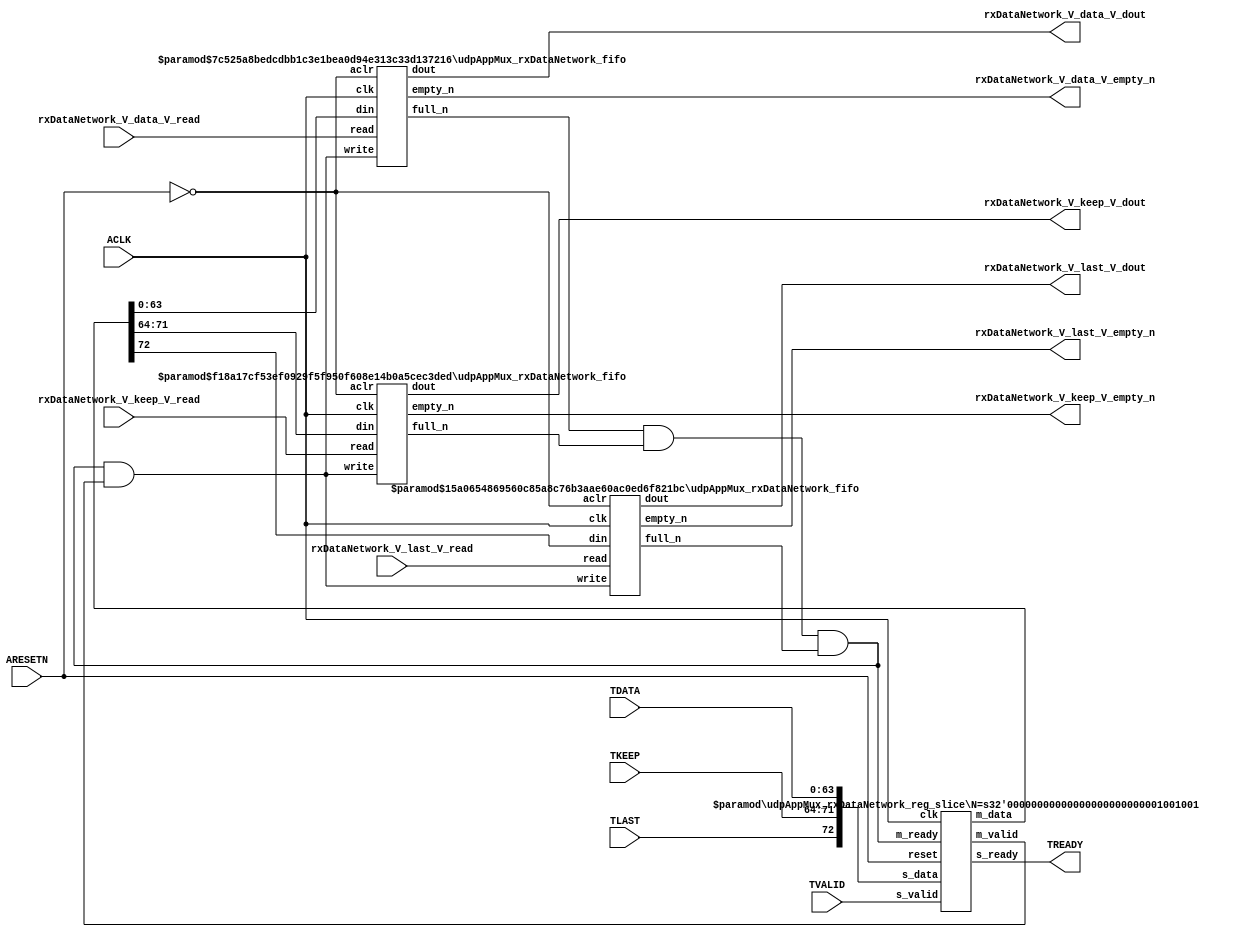
// This program was cloned from: https://github.com/mustafabbas/ECE1373_2016_hft_on_fpga
// License: MIT License

// ==============================================================
// File generated by Vivado(TM) HLS - High-Level Synthesis from C, C++ and SystemC
// Version: 2016.3
// Copyright (C) 1986-2016 Xilinx, Inc. All Rights Reserved.
// 
// ==============================================================


`timescale 1ns/1ps

module udpAppMux_rxDataNetwork_if (
    // AXI4-Stream singals
    input  wire        ACLK,
    input  wire        ARESETN,
    input  wire        TVALID,
    output wire        TREADY,
    input  wire [63:0] TDATA,
    input  wire [7:0]  TKEEP,
    input  wire [0:0]  TLAST,
    // User signals
    output wire [63:0] rxDataNetwork_V_data_V_dout,
    output wire        rxDataNetwork_V_data_V_empty_n,
    input  wire        rxDataNetwork_V_data_V_read,
    output wire [7:0]  rxDataNetwork_V_keep_V_dout,
    output wire        rxDataNetwork_V_keep_V_empty_n,
    input  wire        rxDataNetwork_V_keep_V_read,
    output wire [0:0]  rxDataNetwork_V_last_V_dout,
    output wire        rxDataNetwork_V_last_V_empty_n,
    input  wire        rxDataNetwork_V_last_V_read
);
//------------------------Local signal-------------------
// FIFO
wire [0:0]  fifo_write;
wire [0:0]  fifo_full_n;
wire [63:0] rxDataNetwork_V_data_V_din;
wire [0:0]  rxDataNetwork_V_data_V_full_n;
wire [7:0]  rxDataNetwork_V_keep_V_din;
wire [0:0]  rxDataNetwork_V_keep_V_full_n;
wire [0:0]  rxDataNetwork_V_last_V_din;
wire [0:0]  rxDataNetwork_V_last_V_full_n;
// register slice
wire [0:0]  s_valid;
wire [0:0]  s_ready;
wire [72:0] s_data;
wire [0:0]  m_valid;
wire [0:0]  m_ready;
wire [72:0] m_data;

//------------------------Instantiation------------------
// rs
udpAppMux_rxDataNetwork_reg_slice #(
    .N       ( 73 )
) rs (
    .clk     ( ACLK ),
    .reset   ( ARESETN ),
    .s_data  ( s_data ),
    .s_valid ( s_valid ),
    .s_ready ( s_ready ),
    .m_data  ( m_data ),
    .m_valid ( m_valid ),
    .m_ready ( m_ready )
);

// rxDataNetwork_V_data_V_fifo
udpAppMux_rxDataNetwork_fifo #(
    .DATA_BITS  ( 64 ),
    .DEPTH_BITS ( 4 )
) rxDataNetwork_V_data_V_fifo (
    .clk        ( ACLK ),
    .aclr       ( ~ARESETN ),
    .empty_n    ( rxDataNetwork_V_data_V_empty_n ),
    .full_n     ( rxDataNetwork_V_data_V_full_n ),
    .read       ( rxDataNetwork_V_data_V_read ),
    .write      ( fifo_write ),
    .dout       ( rxDataNetwork_V_data_V_dout ),
    .din        ( rxDataNetwork_V_data_V_din )
);

// rxDataNetwork_V_keep_V_fifo
udpAppMux_rxDataNetwork_fifo #(
    .DATA_BITS  ( 8 ),
    .DEPTH_BITS ( 4 )
) rxDataNetwork_V_keep_V_fifo (
    .clk        ( ACLK ),
    .aclr       ( ~ARESETN ),
    .empty_n    ( rxDataNetwork_V_keep_V_empty_n ),
    .full_n     ( rxDataNetwork_V_keep_V_full_n ),
    .read       ( rxDataNetwork_V_keep_V_read ),
    .write      ( fifo_write ),
    .dout       ( rxDataNetwork_V_keep_V_dout ),
    .din        ( rxDataNetwork_V_keep_V_din )
);

// rxDataNetwork_V_last_V_fifo
udpAppMux_rxDataNetwork_fifo #(
    .DATA_BITS  ( 1 ),
    .DEPTH_BITS ( 4 )
) rxDataNetwork_V_last_V_fifo (
    .clk        ( ACLK ),
    .aclr       ( ~ARESETN ),
    .empty_n    ( rxDataNetwork_V_last_V_empty_n ),
    .full_n     ( rxDataNetwork_V_last_V_full_n ),
    .read       ( rxDataNetwork_V_last_V_read ),
    .write      ( fifo_write ),
    .dout       ( rxDataNetwork_V_last_V_dout ),
    .din        ( rxDataNetwork_V_last_V_din )
);

//------------------------Body---------------------------
//++++++++++++++++++++++++AXI4-Stream++++++++++++++++++++
assign TREADY = s_ready;

//+++++++++++++++++++++++++++++++++++++++++++++++++++++++

//++++++++++++++++++++++++Reigister Slice++++++++++++++++
assign s_valid = TVALID;
assign m_ready = fifo_full_n;
assign s_data  = {TLAST[0:0], TKEEP[7:0], TDATA[63:0]};

//+++++++++++++++++++++++++++++++++++++++++++++++++++++++

//++++++++++++++++++++++++FIFO+++++++++++++++++++++++++++
assign fifo_write                 = fifo_full_n & m_valid;
assign rxDataNetwork_V_data_V_din = m_data[63:0];
assign rxDataNetwork_V_keep_V_din = m_data[71:64];
assign rxDataNetwork_V_last_V_din = m_data[72:72];
assign fifo_full_n                = rxDataNetwork_V_data_V_full_n & rxDataNetwork_V_keep_V_full_n & rxDataNetwork_V_last_V_full_n;

//+++++++++++++++++++++++++++++++++++++++++++++++++++++++

endmodule



`timescale 1ns/1ps

module udpAppMux_rxDataNetwork_fifo
#(parameter
    DATA_BITS  = 8,
    DEPTH_BITS = 4
)(
    input  wire                 clk,
    input  wire                 aclr,
    output wire                 empty_n,
    output wire                 full_n,
    input  wire                 read,
    input  wire                 write,
    output wire [DATA_BITS-1:0] dout,
    input  wire [DATA_BITS-1:0] din
);
//------------------------Parameter----------------------
localparam
    DEPTH = 1 << DEPTH_BITS;
//------------------------Local signal-------------------
reg                   empty;
reg                   full;
reg  [DEPTH_BITS-1:0] index;
reg  [DATA_BITS-1:0]  mem[0:DEPTH-1];
//------------------------Body---------------------------
assign empty_n = ~empty;
assign full_n  = ~full;
assign dout    = mem[index];

// empty
always @(posedge clk or posedge aclr) begin
    if (aclr)
        empty <= 1'b1;
    else if (empty & write & ~read)
        empty <= 1'b0;
    else if (~empty & ~write & read & (index==1'b0))
        empty <= 1'b1;
end

// full
always @(posedge clk or posedge aclr) begin
    if (aclr)
        full <= 1'b0;
    else if (full & read & ~write)
        full <= 1'b0;
    else if (~full & ~read & write & (index==DEPTH-2'd2))
        full <= 1'b1;
end

// index
always @(posedge clk or posedge aclr) begin
    if (aclr)
        index <= {DEPTH_BITS{1'b1}};
    else if (~empty & ~write & read)
        index <= index - 1'b1;
    else if (~full & ~read & write)
        index <= index + 1'b1;
end

// mem
always @(posedge clk) begin
    if (~full & write) mem[0] <= din;
end

genvar i;
generate
    for (i = 1; i < DEPTH; i = i + 1) begin : gen_sr
        always @(posedge clk) begin
            if (~full & write) mem[i] <= mem[i-1];
        end
    end
endgenerate

endmodule

`timescale 1ns/1ps

module udpAppMux_rxDataNetwork_reg_slice
#(parameter
    N = 8   // data width
) (
    // system signals
    input  wire         clk,
    input  wire         reset,
    // slave side
    input  wire [N-1:0] s_data,
    input  wire         s_valid,
    output wire         s_ready,
    // master side
    output wire [N-1:0] m_data,
    output wire         m_valid,
    input  wire         m_ready
);
//------------------------Parameter----------------------
// state
localparam [1:0]
    ZERO = 2'b10,
    ONE  = 2'b11,
    TWO  = 2'b01;
//------------------------Local signal-------------------
reg  [N-1:0] data_p1;
reg  [N-1:0] data_p2;
wire         load_p1;
wire         load_p2;
wire         load_p1_from_p2;
reg          s_ready_t;
reg  [1:0]   state;
reg  [1:0]   next;
//------------------------Body---------------------------
assign s_ready = s_ready_t;
assign m_data  = data_p1;
assign m_valid = state[0];

assign load_p1 = (state == ZERO && s_valid) ||
                 (state == ONE && s_valid && m_ready) ||
                 (state == TWO && m_ready);
assign load_p2 = s_valid & s_ready;
assign load_p1_from_p2 = (state == TWO);

// data_p1
always @(posedge clk) begin
    if (load_p1) begin
        if (load_p1_from_p2)
            data_p1 <= data_p2;
        else
            data_p1 <= s_data;
    end
end

// data_p2
always @(posedge clk) begin
    if (load_p2) data_p2 <= s_data;
end

// s_ready_t
always @(posedge clk) begin
    if (~reset)
        s_ready_t <= 1'b0;
    else if (state == ZERO)
        s_ready_t <= 1'b1;
    else if (state == ONE && next == TWO)
        s_ready_t <= 1'b0;
    else if (state == TWO && next == ONE)
        s_ready_t <= 1'b1;
end

// state
always @(posedge clk) begin
    if (~reset)
        state <= ZERO;
    else
        state <= next;
end

// next
always @(*) begin
    case (state)
        ZERO:
            if (s_valid & s_ready)
                next = ONE;
            else
                next = ZERO;
        ONE:
            if (~s_valid & m_ready)
                next = ZERO;
            else if (s_valid & ~m_ready)
                next = TWO;
            else
                next = ONE;
        TWO:
            if (m_ready)
                next = ONE;
            else
                next = TWO;
        default:
            next = ZERO;
    endcase
end

endmodule